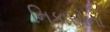
નિકાસોના